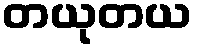
တယုတယ